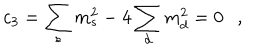
LaTeX: c _ { 3 } = \sum _ { s } m _ { s } ^ { 2 } - 4 \sum _ { d } m _ { d } ^ { 2 } = 0 ,